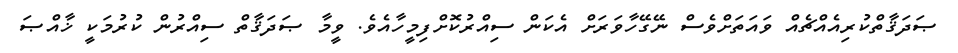
ޞަދަޤާތްކުރިއެއްޗެއް ވައަތަށްވެސް ނޭގޭހާވަރަށް އެކަން ސިއްރުކޮށްފިމީހާއެވެ. ވީމާ ޞަދަޤާތް ސިއްރުން ކުރުމަކީ ޚާއްޞަ